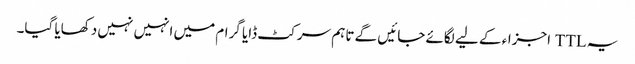
یہ TTL اجزاء کے لیے لگائے جائیں گے تاہم سرکٹ ڈایا گرام میں انہیں نہیں دکھایا گیا۔